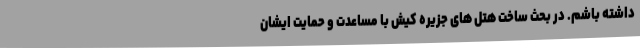
داشته باشم. در بحث ساخت هتل های جزیره کیش با مساعدت و حمایت ایشان